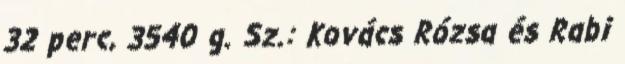
32 perc, 3540 g. Sz.: Kovács Rózsa és Rabi